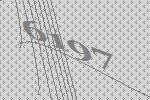
6197